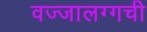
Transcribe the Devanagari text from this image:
वज्‍जालग्गची